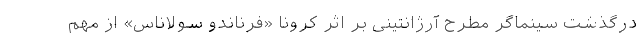
درگذشت سینماگر مطرح آرژانتینی بر اثر کرونا «فرناندو سولاناس» از مهم